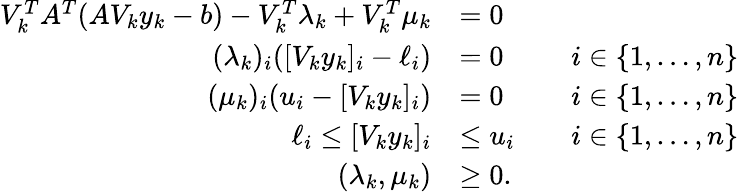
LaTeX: \begin{array}{rlrl}{V_{k}^{T}A^{T}(AV_{k}y_{k}-b)-V_{k}^{T}\lambda_{k}+V_{k}^{T}\mu_{k}}&{=0}\\ {(\lambda_{k})_{i}([V_{k}y_{k}]_{i}-\ell_{i})}&{=0}&&{i\in\{ 1,\ldots,n\} }\\ {(\mu_{k})_{i}(u_{i}-[V_{k}y_{k}]_{i})}&{=0}&&{i\in\{ 1,\ldots,n\} }\\ {\ell_{i}\leq[V_{k}y_{k}]_{i}}&{\leq u_{i}}&&{i\in\{ 1,\ldots,n\} }\\ {(\lambda_{k},\mu_{k})}&{\geq 0.}\end{array}